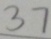
3 7